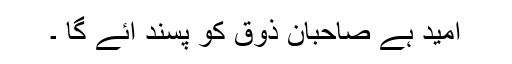
امید ہے صاحبان ذوق کو پسند آئے گا ۔